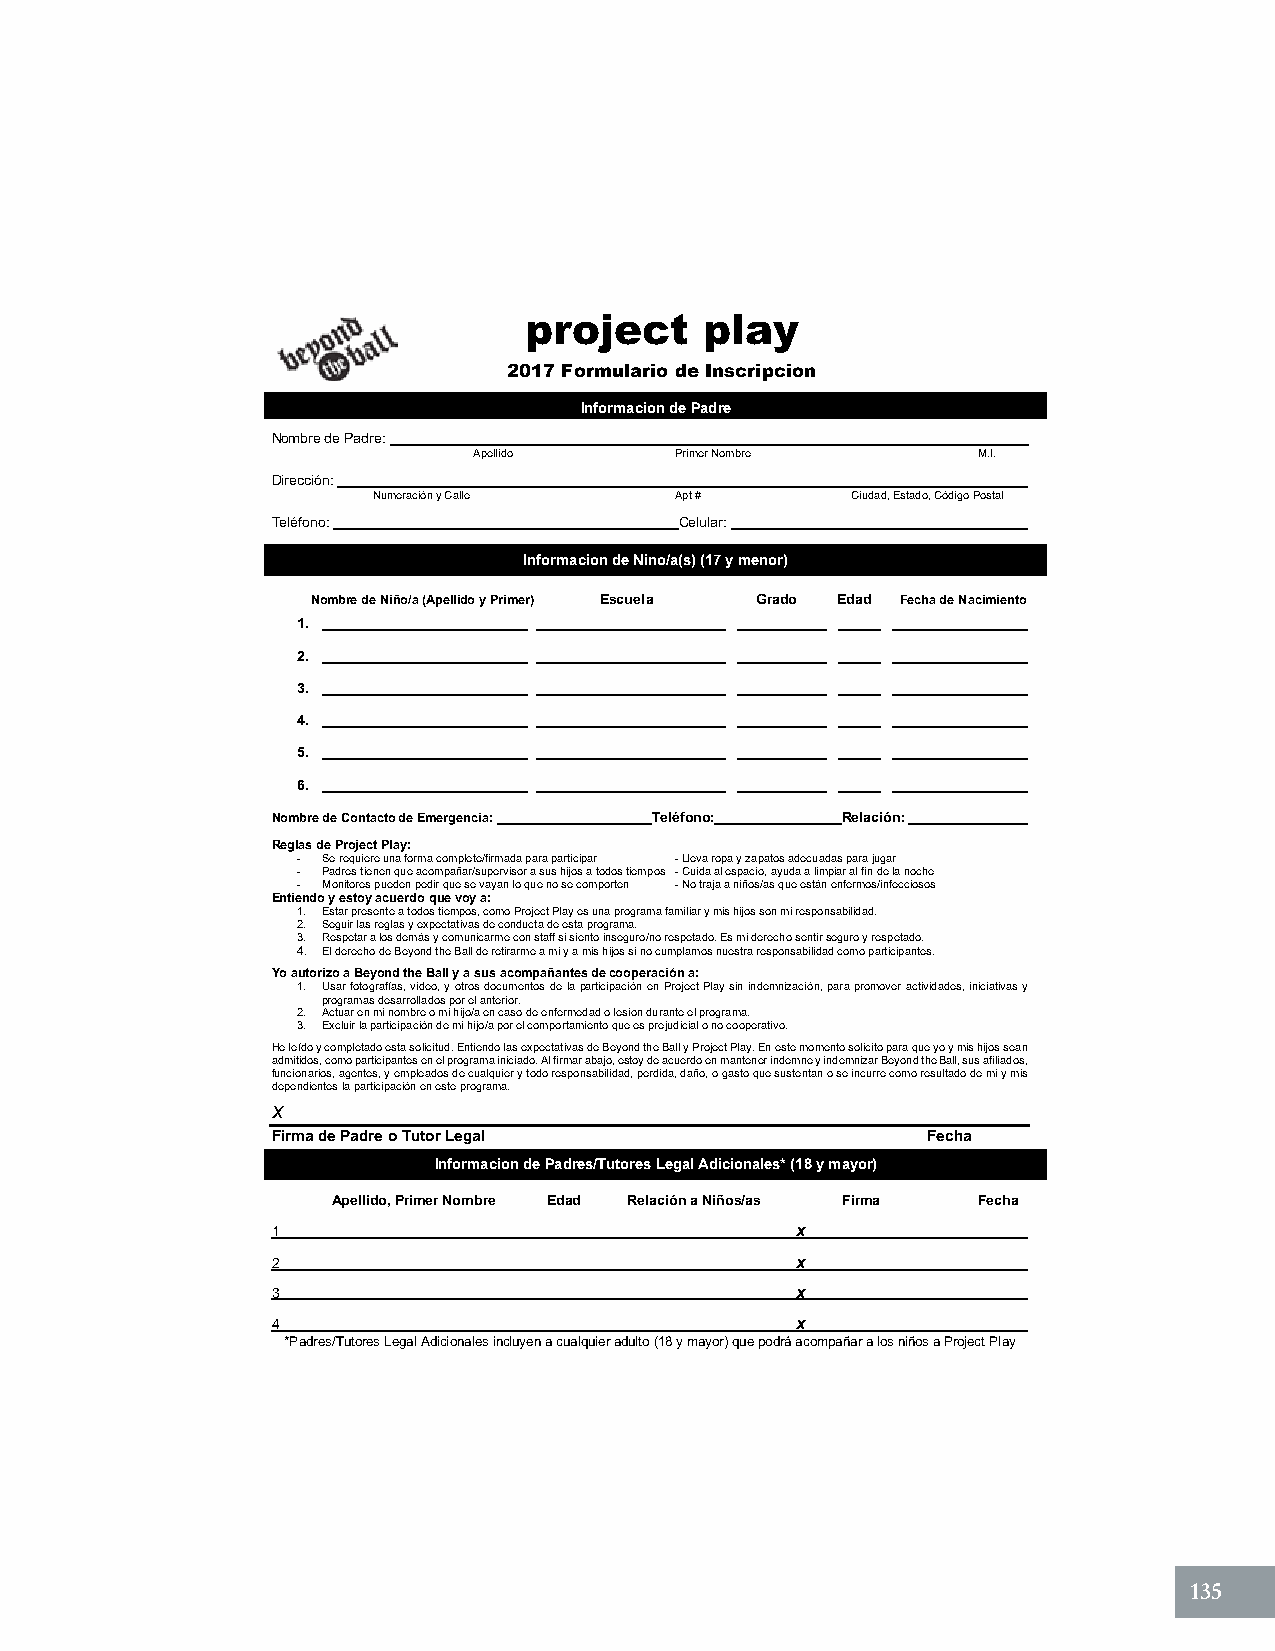
project     play
 2017 Formulario de Inscri jdjpf c ion
 Informacion de Padre
 Nombre de Padre:
 Apellido      Primer Nombre       M.I.
 Dirección:
 Numeración y Calle  Apt #      Ciudad, Estado, Código Postal
 Teléfono:                  Celular:
 Informacion de Nino/a(s) (17 y menor)
 Nombre de Niño/a (Apellido y Primer) Escuela Grado Edad Fecha de Nacimiento
 1.
 2.
 3.
 4.
 5.
 6.
 Nombre de Contacto de Emergencia: Teléfono: Relación:
 Reglas de Project Play:
 - Se requiere una forma complete/firmada para participar - Lleva ropa y zapatos adecuadas para jugar
 - Padres tienen que acompañar/supervisor a sus hijos a todos tiempos - Cuida al espacio, ayuda a limpiar al fin de la noche
 - Monitores pueden pedir que se vayan lo que no se comporten - No traja a niños/as que están enfermos/infecciosos
 Entiendo y estoy acuerdo que voy a:
 1. Estar presente a todos tiempos, como Project Play es una programa familiar y mis hijos son mi responsabilidad.
 2. Seguir las reglas y expectativas de conducta de esta programa.
 3. Respetar a los demás y comunicarme con staff si siento inseguro/no respetado. Es mi derecho sentir seguro y respetado.
 4. El derecho de Beyond the Ball de retirarme a mi y a mis hijos si no cumplamos nuestra responsabilidad como participantes.
 Yo autorizo a Beyond the Ball y a sus acompañantes de cooperación a:
 1. Usar fotografías, video, y otros documentos de la participación en Project Play sin indemnización, para promover actividades, iniciativas y
 programas desarrollados por el anterior.
 2. Actuar en mi nombre o mi hijo/a en caso de enfermedad o lesion durante el programa.
 3. Excluir la participación de mi hijo/a por el comportamiento que es prejudicial o no cooperativo.
 He leído y completado esta solicitud. Entiendo las expectativas de Beyond the Ball y Project Play. En este momento solicito para que yo y mis hijos sean
 admitidos, como participantes en el programa iniciado. Al firmar abajo, estoy de acuerdo en mantener indemne y indemnizar Beyond the Ball, sus afiliados,
 funcionarios, agentes, y empleados de cualquier y todo responsabilidad, perdida, daño, o gasto que sustentan o se incurre como resultado de mi y mis
 dependientes la participación en este programa.
 x
 Firma de Padre o Tutor Legal               Fecha
 Informacion de Padres/Tutores Legal Adicionales* (18 y mayor)
 Apellido, Primer Nombre Edad Relación a Niños/as Firma Fecha
 1                                  x
 2                                  x
 3                                  x
 4                                  x
 *Padres/Tutores Legal Adicionales incluyen a cualquier adulto (18 y mayor) que podrá acompañar a los niños a Project Play
 135